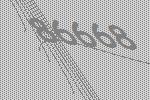
86668